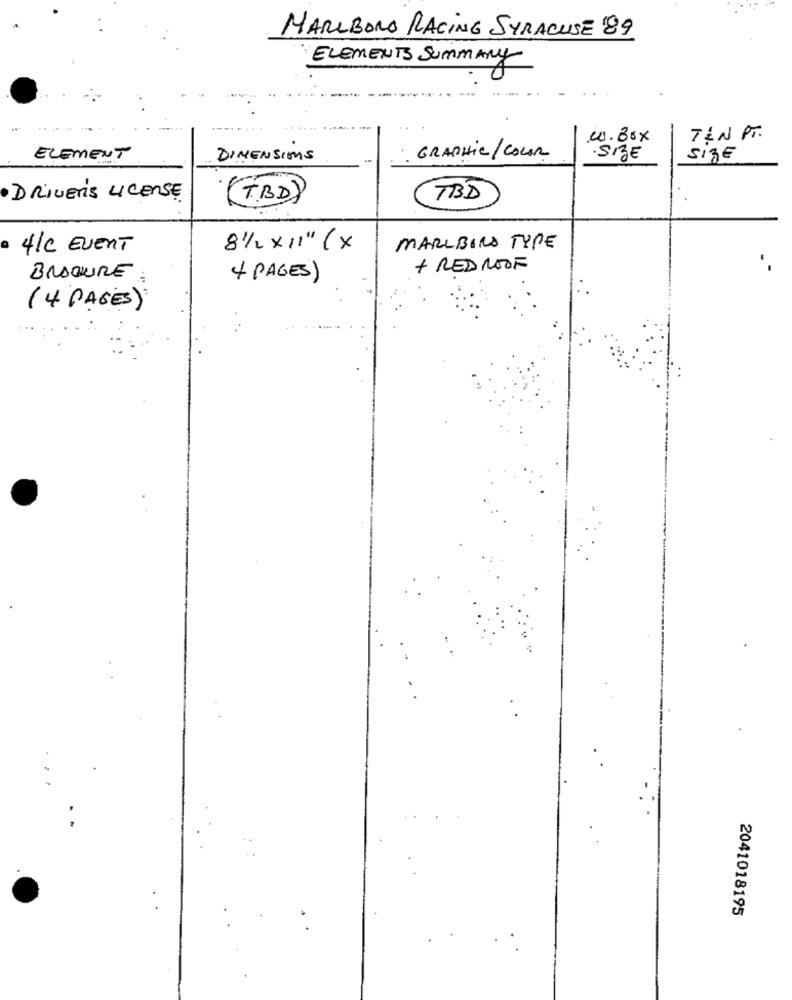
MARLBORO RACING SYRACUSE 89
ELEMENTS SUMMARY
1.Box
TEN PT.
ELEMENT
DIMENSIONS
GRAPHIC/COLOR
.SIZE
Size
DRIVER'S LICENSE
TBD
TBD
4/C EVENT
8 1/2 x11" ( x
MARLBORO TYPE
+ RED ROOF
BROCHURE
4 PAGES)
(4 PAGES)
2041018195